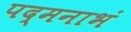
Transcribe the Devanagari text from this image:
पद्‌मनाभं